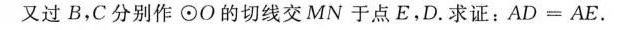
又过B，C分别作\odot O的切线交MN于点E.D.求证：$$A D = A E$$.